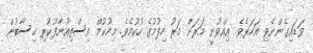
ވަޑައިގެންނެވި އަހަރެވެ. އިއްވުނީ މަރަށް މަރު ހިފުމުގެ ހުކުމެވެ. މިހުކުމް އިސްތިއުނާފުކުރި ހިސާބުން